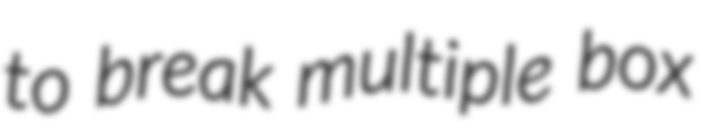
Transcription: to break multiple box